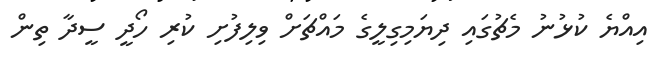
އިއްޔެ ކުޅުނު މެޗުގައި ދިޔަމިގިލީގެ މައްޗަށް ވިލިފުށި ކުރި ހޯދީ ސީދާ ތިން